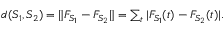
\begin{array} { r } { d ( S _ { 1 } , S _ { 2 } ) = \| F _ { S _ { 1 } } - F _ { S _ { 2 } } \| = \sum _ { t } | F _ { S _ { 1 } } ( t ) - F _ { S _ { 2 } } ( t ) | . } \end{array}